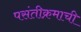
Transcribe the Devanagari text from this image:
पसंतीक्रमाची